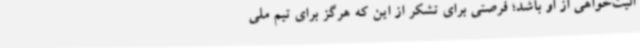
الیت‌خواهی از او باشد؛ فرصتی برای تشکر از این که هرگز برای تیم‌ ملی